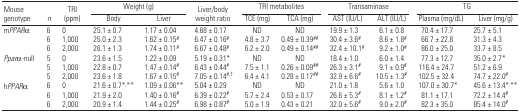
<table><thead><tr><td rowspan="2"><b>Mouse genotype</b></td><td rowspan="2"><b><i>n</i></b></td><td rowspan="2"><b>TRI (ppm)</b></td><td colspan="2"><b>Weight (g)</b></td><td rowspan="2"><b>Liver/body weight ratio</b></td><td colspan="2"><b>TRI metabolites</b></td><td colspan="2"><b>Transaminase</b></td><td colspan="2"><b>TG</b></td></tr><tr><td><b>Body</b></td><td><b>Liver</b></td><td><b>TCE (mg)</b></td><td><b>TCA (mg)</b></td><td><b>AST (IU/L)</b></td><td><b>ALT (IU/L)</b></td><td><b>Plasma (mg/dL)</b></td><td><b>Liver (mg/g)</b></td></tr></thead><tbody><tr><td>m<i>PPAR</i>α</td><td>6</td><td>0</td><td>25.1 ± 0.7</td><td>1.17 ± 0.04</td><td>4.68 ± 0.17</td><td>ND</td><td>ND</td><td>19.9 ± 1.3</td><td>6.1 ± 0.8</td><td>70.4 ± 17.7</td><td>25.7 ± 5.1</td></tr><tr><td></td><td>6</td><td>1,000</td><td>25.0 ± 2.3</td><td>1.62 ± 0.15#</td><td>6.47 ± 0.16#</td><td>4.8 ± 3.7</td><td>0.49 ± 0.39##</td><td>30.4 ± 3.6#</td><td>8.6 ± 1.8#</td><td>66.7 ± 22.8</td><td>31.3 ± 4.3</td></tr><tr><td></td><td>6</td><td>2,000</td><td>26.1 ± 1.3</td><td>1.74 ± 0.11#</td><td>6.67 ± 0.48#</td><td>6.2 ± 2.0</td><td>0.49 ± 0.14##</td><td>32.4 ± 10.1#</td><td>9.2 ± 1.0#</td><td>86.0 ± 25.0</td><td>33.7 ± 8.5</td></tr><tr><td><i>Ppar</i>α-null</td><td>5</td><td>0</td><td>23.6 ± 1.5</td><td>1.22 ± 0.09</td><td>5.19 ± 0.31*</td><td>ND</td><td>ND</td><td>18.4 ± 1.0</td><td>6.0 ± 1.4</td><td>77.3 ± 12.7</td><td>35.0 ± 2.7*</td></tr><tr><td></td><td>5</td><td>1,000</td><td>22.8 ± 0.7</td><td>1.47 ± 0.14#</td><td>6.43 ± 0.44#</td><td>7.5 ± 1.1</td><td>0.26 ± 0.09##</td><td>26.3 ± 3.1#</td><td>9.1 ± 0.9#</td><td>116.4 ± 24.7</td><td>51.2 ± 6.9</td></tr><tr><td></td><td>5</td><td>2,000</td><td>23.6 ± 1.8</td><td>1.67 ± 0.15#</td><td>7.05 ± 0.14#,†</td><td>6.4 ± 4.1</td><td>0.28 ± 0.17##</td><td>32.9 ± 6.6#</td><td>10.5 ± 1.3#</td><td>102.5 ± 32.4</td><td>74.7 ± 22.0#</td></tr><tr><td>h<i>PPAR</i>α</td><td>6</td><td>0</td><td>21.6 ± 0.7*,**</td><td>1.09 ± 0.06**</td><td>5.04 ± 0.29</td><td>ND</td><td>ND</td><td>21.0 ± 1.8</td><td>5.6 ± 1.0</td><td>107.0 ± 30.7*</td><td>45.6 ± 13.4*,**</td></tr><tr><td></td><td>6</td><td>1,000</td><td>21.9 ± 2.0</td><td>1.40 ± 0.16#</td><td>6.39 ± 0.22#</td><td>5.7 ± 2.4</td><td>0.53 ± 0.17</td><td>26.6 ± 5.3#</td><td>8.1 ± 1.2#</td><td>81.1 ± 17.1</td><td>72.2 ± 14.4#</td></tr><tr><td></td><td>6</td><td>2,000</td><td>20.9 ± 1.4</td><td>1.44 ± 0.25#</td><td>6.98 ± 0.87#</td><td>5.0 ± 1.9</td><td>0.43 ± 0.21</td><td>32.0 ± 5.6#</td><td>9.0 ± 2.0#</td><td>82.3 ± 35.0</td><td>85.4 ± 14.0#</td></tr></tbody></table>